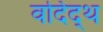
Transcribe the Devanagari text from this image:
वर्दिद्थ